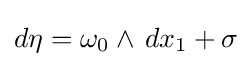
d\eta =\omega _{0}\wedge \,dx_{1}+\sigma